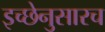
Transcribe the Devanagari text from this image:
इच्छेनुसारच